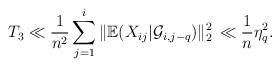
LaTeX: \begin{align*}T_{3}\ll\frac{1}{n^{2}}\sum_{j=1}^{i}\Vert{\mathbb{E}}(X_{ij}|{\mathcal{G}}_{i,j-q})\Vert_{2}^{2}\,\ll\frac{1}{n}\eta_{q}^{2}. \end{align*}